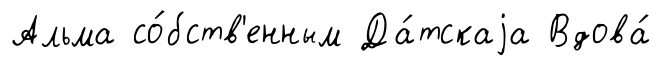
Альма со́бств'енным Да́тскаjа Вдова́